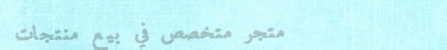
متجر متخصص في بيع منتجات